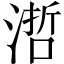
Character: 𣻂